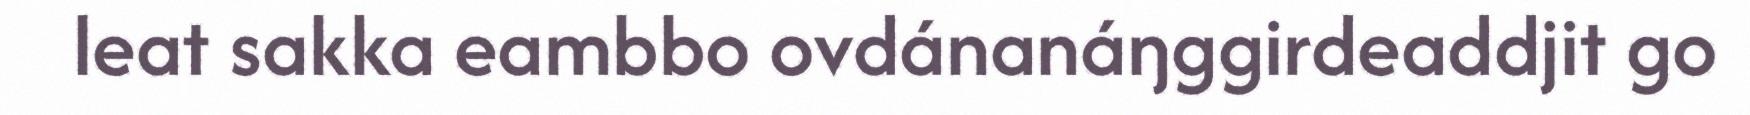
leat sakka eambbo ovdánanáŋggirdeaddjit go